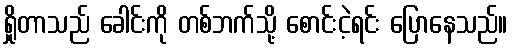
ရှိုတာသည် ခေါင်းကို တစ်ဘက်သို့ စောင်းငဲ့ရင်း ပြောနေသည်။